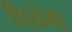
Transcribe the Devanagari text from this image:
पियेगा